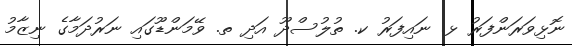
ނޮޅިވަރަންފަރު ޅ. ނައިފަރު ކ. ތުލުސްދޫ އަދި ތ. ވޭމަންޑޫގައި ނަރުދަމާގެ ނިޒާމު